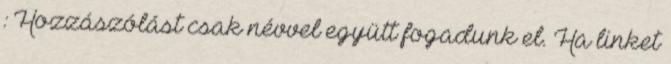
: Hozzászólást csak névvel együtt fogadunk el. Ha linket